Annual administration report of the Civil Veterinary Department of India - 1902-1903
Year: 1902
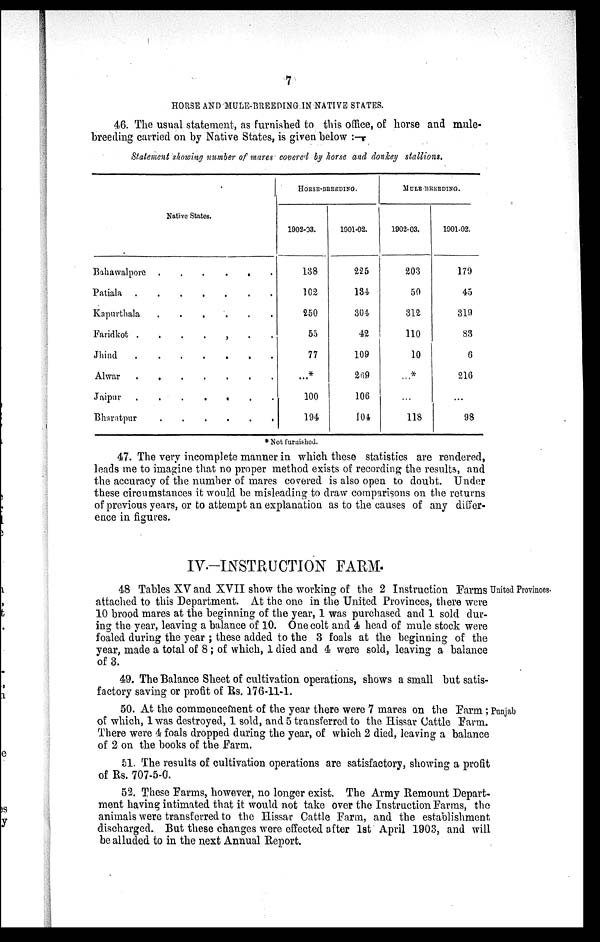
7
HORSE AND MULE-BREEDING IN NATIVE STATES.
46. The usual statement, as furnished to this office, of horse and mule-
breeding carried on by Native States, is given below :—
Statement showing number of mares covered by horse and donkey stallions.
Native States.
Bahawalpore .
.
.
.
.
.
Patiala .
.
.
.
.
.
.
Kapurthala
.
.
.
.
.
.
Faridkot .
.
.
.
.
.
.
Jhind
.
.
.
.
.
.
.
Alwar
.
.
.
.
.
.
Jaipur
.
.
.
.
.
.
.
Bharatpur
.
.
.
.
.
.
HORSE-BREEDING.
1902-03.
138
102
250
55
77
...*
100
194
1901-02.
225
134
304
42
109
269
106
104
MULE BREEDING.
1902.03.
203
50
312
110
10
...*
...
118
1901-02.
179
45
319
83
6
216
...
98
*Not furnished.
47. The very incomplete manner in which these statistics are rendered,
leads me to imagine that no proper method exists of recording the results, and
the accuracy of the number of mares covered is also open to doubt. Under
these circumstances it would be misleading to draw comparisons on the returns
of previous years, or to attempt an explanation as to the causes of any differ-
ence in figures.
IV.-INSTRUCTION FARM.
United Provinces.
48 Tables XV and XVII show the working of the 2 Instruction Farms
attached to this Department. At the one in the United Provinces, there were
10 brood mares at the beginning of the year, 1 was purchased and 1 sold dur-
ing the year, leaving a balance of 10. One colt and 4 head of mule stock were
foaled during the year; these added to the 3 foals at the beginning of the
year, made a total of 8; of which, 1 died and 4 were sold, leaving a balance
of 3.
49. The Balance Sheet of cultivation operations, shows a small but satis-
factory saving or profit of Rs. 176-11-1.
Punjab
50. At the commencement of the year there were 7 mares on the Farm;
of which, 1 was destroyed, 1 sold, and 5 transferred to the Hissar Cattle Farm.
There were 4 foals dropped during the year, of which 2 died, leaving a balance
of 2 on the books of the Farm.
51. The results of cultivation operations are satisfactory, showing a profit
of Rs. 707-5-0.
52. These Farms, however, no longer exist. The Army Remount Depart-
ment having intimated that it would not take over the Instruction Farms, the
animals were transferred to the Hissar Cattle Farm, and the establishment
discharged. But these changes were effected after 1st April 1903, and will
be alluded to in the next Annual Report.